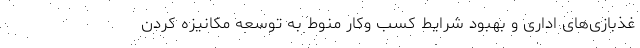
غذبازی‌های اداری و بهبود شرایط کسب و‌کار منوط به توسعه مکانیزه کردن